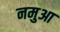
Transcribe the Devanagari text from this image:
नमुआ